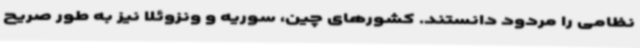
نظامی را مردود دانستند. کشورهای چین، سوریه و ونزوئلا نیز به طور صریح